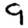
Digit: 9